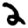
Digit: 2